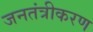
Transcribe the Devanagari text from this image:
जनतंत्रीकरण